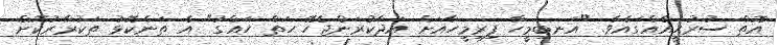
އޮތް ސުރުޙީއެއްގައެވެ. "އަނބިމީހާ ފިރިމީހާއަށް އަދާކުރަންޖެހޭ ހަތް ހައްގު" އެ ތަންކޮޅު ތަކުރާރުކޮށް